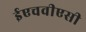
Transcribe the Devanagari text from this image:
ईएचवीएसी